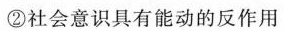
②社会意识具有能动的反作用